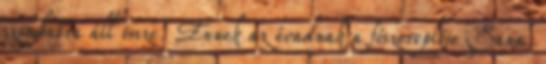
szombatra áll össze. Ennek az évadnak a főszereplője Sana,